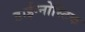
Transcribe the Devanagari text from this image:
डाईग्नोस्टिक